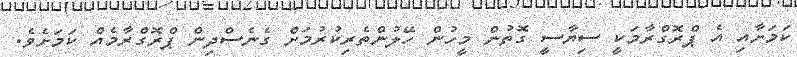
ކަމަށާއި އެ ޕްރޮގްރާމަކީ ސިޔާސީ ގޮތުން މީހުން ހޭލުންތެރިކުރުމަށް ގެނެސްދިން ޕްރޮގްރާމެއް ކަމަށެވެ.